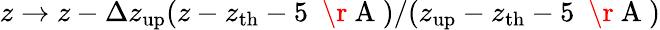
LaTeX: z\rightarrow z-\Delta z_{\mathrm{up}}(z-z_{\mathrm{th}}-5~\mathrm{~\r~A~})/(z_{\mathrm{up}}-z_{\mathrm{th}}-5~\mathrm{~\r~A~})